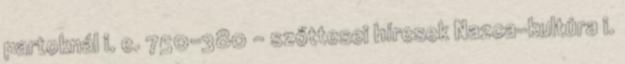
partoknál i. e. 750–380 – szőttesei híresek Nazca-kultúra i.